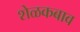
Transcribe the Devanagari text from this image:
शेळकबाव